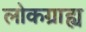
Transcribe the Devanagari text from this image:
लोकग्राह्य